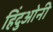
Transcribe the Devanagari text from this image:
हिंदुओनी